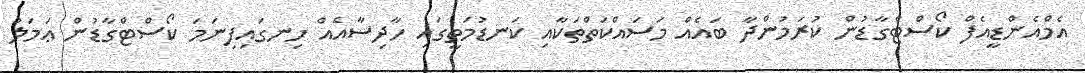
އެމްއެންޑީއެފް ކޯސްޓްގާޑުން ކުރަމުންދާ ބައެއް މަސައްކަތްތަކާއި ކަނޑުމަތީގައި ހާދިސާއެއް ހިނގައިފިނަމަ ކޯސްޓްގާޑުން ޢަމަލު